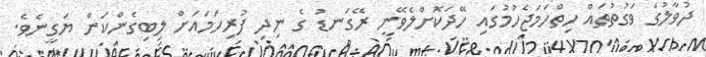
ދުވާލުގެ ވަގުތުތައް ހިތްހަމަޖެހުމުގައި ހޭދަކޮށްލެވޭނީ ރޭގަނޑު ގެ ނިދި ފުރިހަމައަށް ލިބިގެންކަން ޔަގީނެވެ.